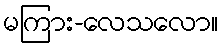
မကြား-လေသလော။